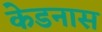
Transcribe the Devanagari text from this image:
केडनास